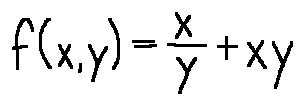
f ( x , y ) = \frac { x } { y } + x y